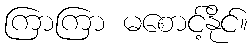
ကြာကြာ မစောင့်နိုင်။